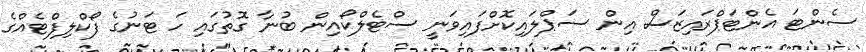
ސެންޓަ އެންޓަޕްރައިޒަސް އިން ސަޕްލައިކޮށްފައިވަނީ ސްޓެލްކޯއިން ބުނާ ގޮތުގައި ހަ ޓަނުގެ ފޯކްލިފްޓެއްގެ